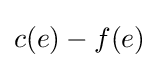
c(e)-f(e)